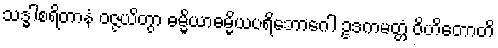
သဒ္ဓါစရိတာနံ ဝဇ္ဇယိတွာ ဓမ္မိယာဓမ္မိယပရိဘောဂေါ ဥဒကမတ္တံ ဝိဟိတောတိ